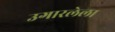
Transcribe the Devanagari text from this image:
उगारलेला